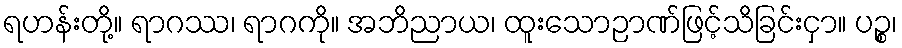
ရဟန်းတို့။ ရာဂဿ၊ ရာဂကို။ အဘိညာယ၊ ထူးသောဉာဏ်ဖြင့်သိခြင်းငှာ။ ပဉ္စ၊